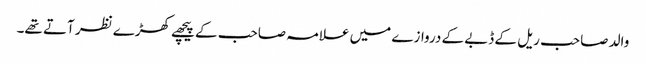
والد صاحب ریل کے ڈبے کے دروازے میں علامہ صاحب کے پیچھے کھڑے نظر آتے تھے۔